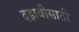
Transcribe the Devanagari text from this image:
दहावीसाठी